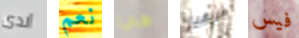
ألدى نعم هي افريقيا فيس